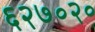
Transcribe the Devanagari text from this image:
६२७०२०